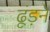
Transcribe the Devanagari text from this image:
ढूंड़ने